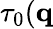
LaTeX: \tau_{0}(\textbf{q}